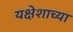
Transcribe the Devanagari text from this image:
यक्षेशाच्या